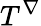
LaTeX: T^{\nabla}